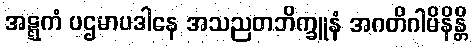
အဋ္ဋကံ ပဌမာပဒါနေ အသညတဘိက္ခူနံ အဂတိဂါမိနိန္တိ